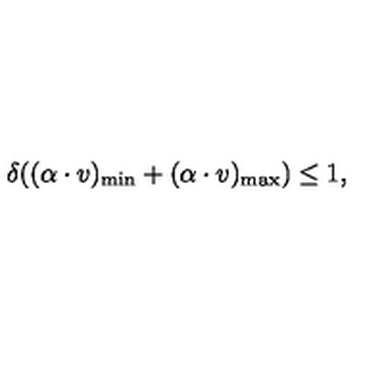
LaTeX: \delta ( ( \alpha \cdot v ) _ { \mathrm { m i n } } + ( \alpha \cdot v ) _ { \mathrm { m a x } } ) \leq 1 ,